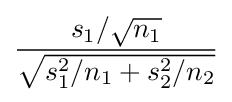
{s_{1}/{\sqrt {n_{1}}} \over {\sqrt {s_{1}^{2}/n_{1}+s_{2}^{2}/n_{2}}}}